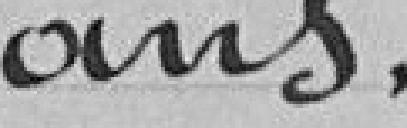
ans